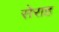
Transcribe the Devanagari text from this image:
सेराह